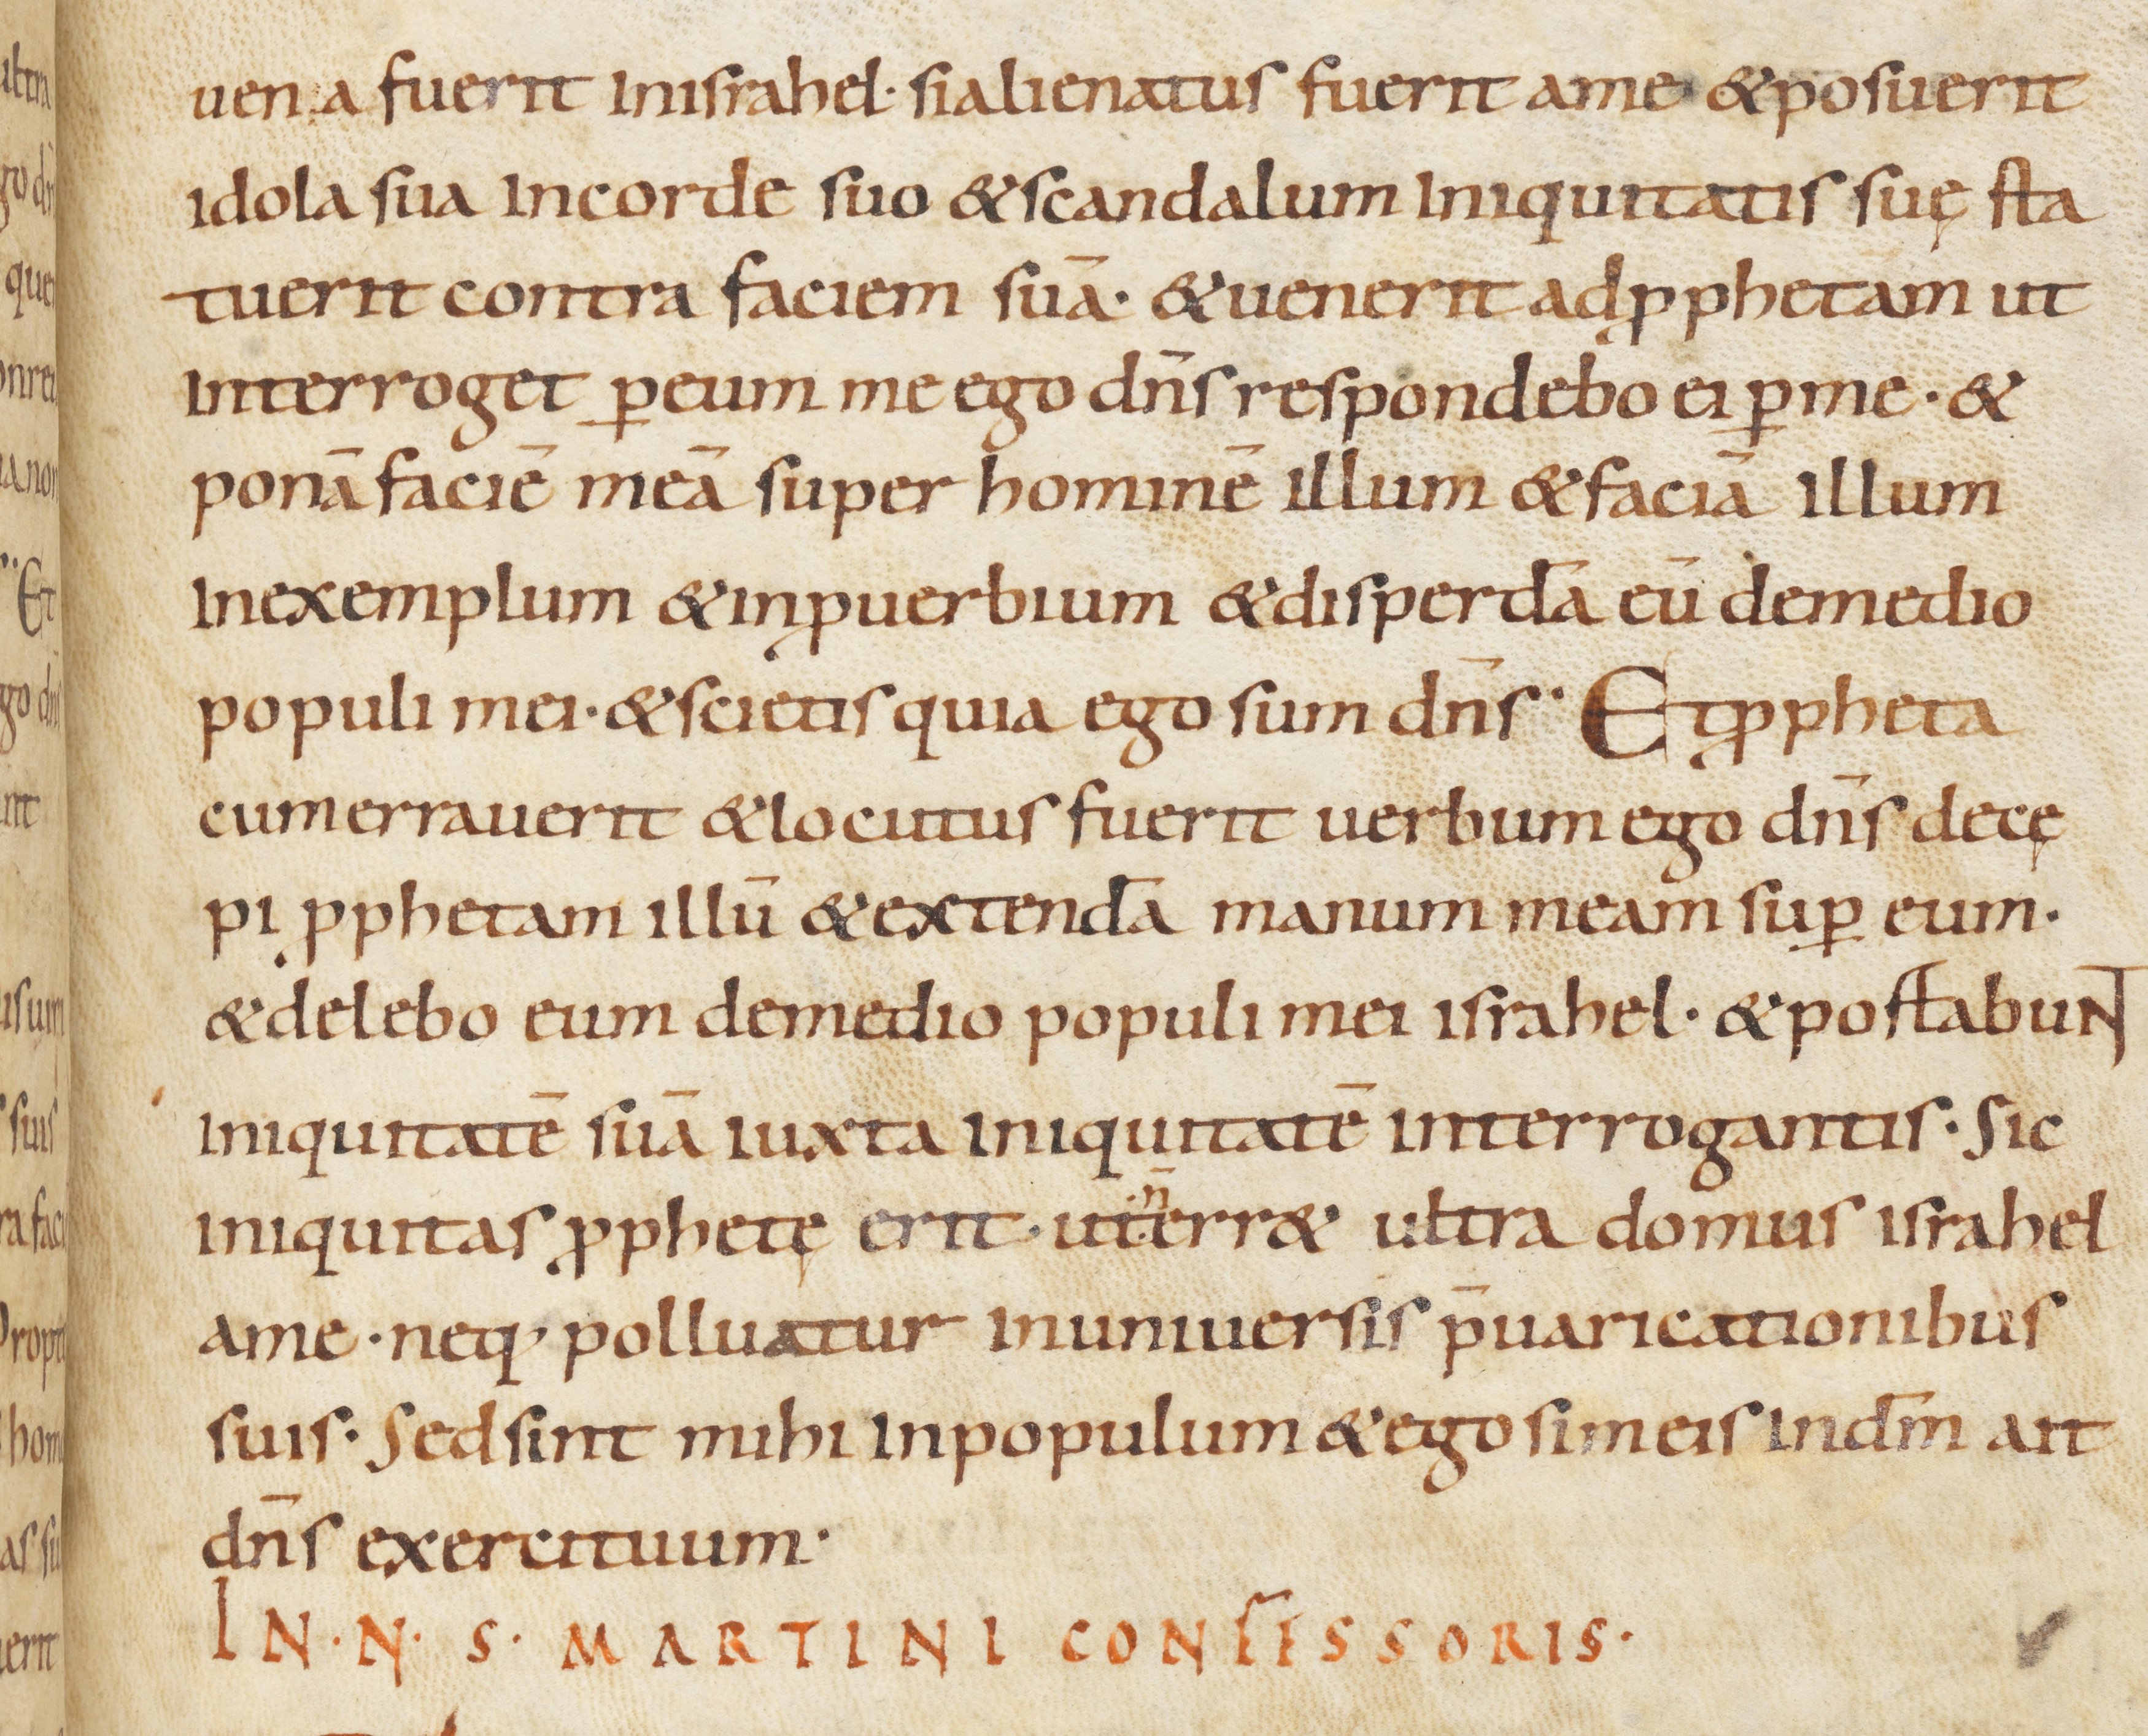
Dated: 900–999